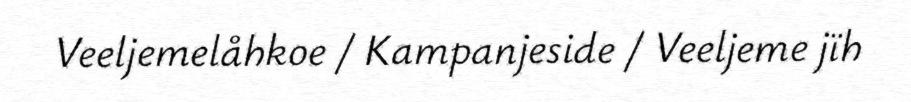
Veeljemelåhkoe / Kampanjeside / Veeljeme jïh